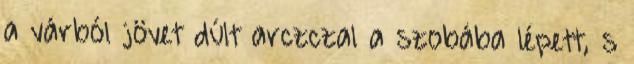
a várból jövet dúlt arczczal a szobába lépett, s